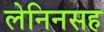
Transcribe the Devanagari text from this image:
लेनिनसह